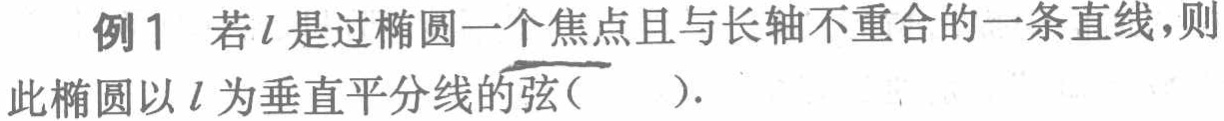
例1 若\(l\)是过椭圆一个焦点且与长轴不重合的一条直线，则此椭圆以\(l\)为垂直平分线的弦(  ).